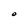
Character: O